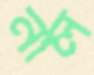
নীল